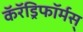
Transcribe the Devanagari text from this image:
कॅरॅड्रिफॉर्मस्